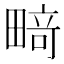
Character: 𰣍